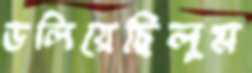
ডলিয়েছিলুম